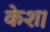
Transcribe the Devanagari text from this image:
केश।